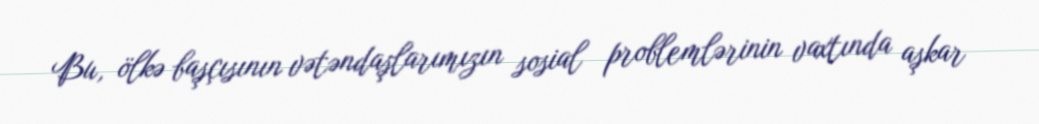
Bu, ölkə başçısının vətəndaşlarımızın sosial problemlərinin vaxtında aşkar